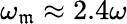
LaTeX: \omega_{\mathfrak{m}}\approx2.4\omega